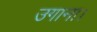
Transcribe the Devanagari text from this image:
उगाना।